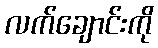
လက်ချောင်းကို